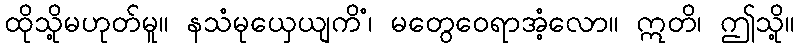
ထိုသို့မဟုတ်မူ။ နသံမုယှေယျကိံ၊ မတွေဝေရာအံ့လော။ ဣတိ၊ ဤသို့။